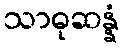
သာဓုဆန္နံ